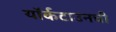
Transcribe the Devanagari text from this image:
यॉर्कटाउनची